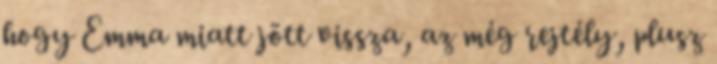
hogy Emma miatt jött vissza, az még rejtély, plusz